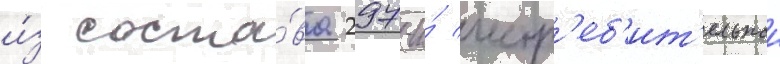
и́з соста́ва 297-и́ истр'еб'ит'ельнои